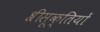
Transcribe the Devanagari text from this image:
श्रीसूक्तियों